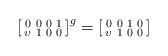
LaTeX: \begin{align*} \left[ \begin{smallmatrix} 0&0&0&1 \\ \upsilon&1&0&0\\ \end{smallmatrix} \right]^g = \left[ \begin{smallmatrix} 0&0&1&0 \\ \upsilon&1&0&0\\ \end{smallmatrix} \right]\end{align*}